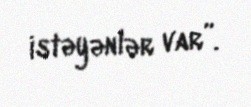
istəyənlər var”.